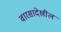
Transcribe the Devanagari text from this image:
वारसादेखील